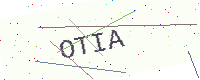
Text: OTIA